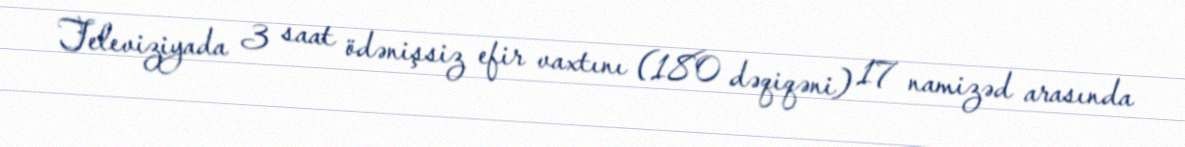
Televiziyada 3 saat ödənişsiz efir vaxtını (180 dəqiqəni) 17 namizəd arasında